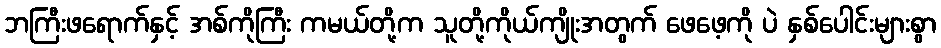
ဘကြီးဖရောက်နှင့် အစ်ကိုကြီး ကမယ်တို့က သူတို့ကိုယ်ကျိုးအတွက် ဖေဖေ့ကို ပဲ နှစ်ပေါင်းများစွာ